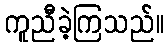
ကူညီခဲ့ကြသည်။